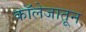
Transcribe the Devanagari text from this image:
काॅलेजातून